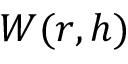
W ( r , h )